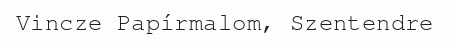
Vincze Papírmalom, Szentendre